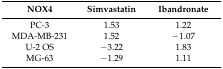
<table><thead><tr><td><b>NOX4</b></td><td><b>Simvastatin</b></td><td><b>Ibandronate</b></td></tr></thead><tbody><tr><td>PC-3</td><td>1.53</td><td>1.22</td></tr><tr><td>MDA-MB-231</td><td>1.52</td><td>−1.07</td></tr><tr><td>U-2 OS</td><td>−3.22</td><td>1.83</td></tr><tr><td>MG-63</td><td>−1.29</td><td>1.11</td></tr></tbody></table>